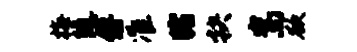
梅随傅准睹抉嵩欲